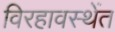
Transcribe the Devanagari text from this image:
विरहावस्थेंत